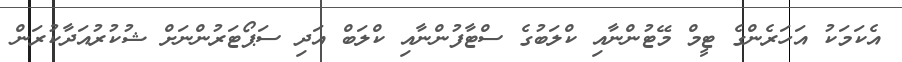
އެކަމަކު އަހަރެންގެ ޓީމް މޭޓުންނާއި ކްލަބުގެ ސްޓާފުންނާއި ކްލަބް އަދި ސަޕޯޓަރުންނަށް ޝުކުރުއަދާކުރަން